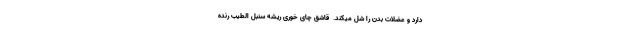
دارد و عضلات بدن را شل میکند.  قاشق چای خوری ریشه سنبل الطیب رنده